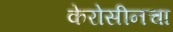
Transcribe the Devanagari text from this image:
केरोसीनचा